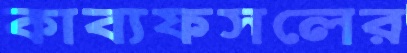
কাব্যফসলের